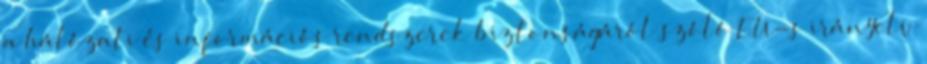
a hálózati és információs rendszerek biztonságáról szóló EU-s irányelv